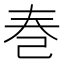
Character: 𪩫